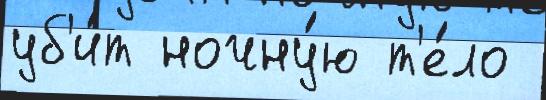
уб'и́т ночну́ю т'е́ло